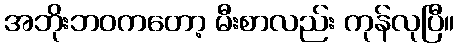
အဘိုးဘဝကတော့ မီးစာလည်း ကုန်လုပြီ။